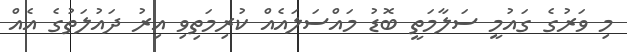
މި ވަރުގެ ގައުމީ ސަލާމަތީ ބޮޑު މައްސަލައެއް ކުރިމަތިވި އިރު ދައުލަތުގެ އެއް